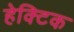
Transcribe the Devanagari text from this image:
हेक्टिक